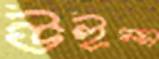
উইল্স